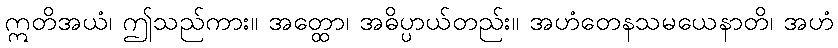
ဣတိအယံ၊ ဤသည်ကား။ အတ္ထော၊ အဓိပ္ပာယ်တည်း။ အဟံတေနသမယေနာတိ၊ အဟံ